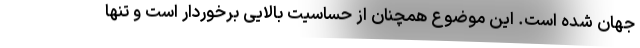
جهان شده است. این موضوع همچنان از حساسیت‌ بالایی برخوردار است و تنها